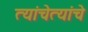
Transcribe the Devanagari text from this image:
त्यांचेत्यांचे